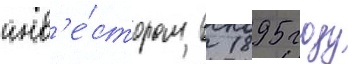
инв'е́стором в 1895 году